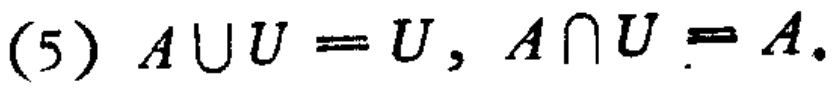
(5) \(A\cup U = U, A\cap U = A\).